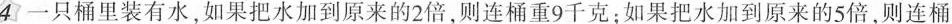
4一只桶里装有水，如果把水加到原来的2倍，则连桶重9千克；如果把水加到原来的5倍，则连桶